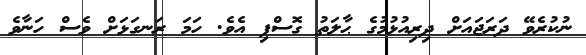
ނުކުރެވޭ ދަރަޖައަށް ދިރިއުޅުމުގެ ޙާލަތު ގޮސްފި އެވެ. ހަމަ ރަނގަޅަށް ވެސް ހަނާވެ